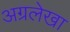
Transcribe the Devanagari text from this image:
अग्रलेखा